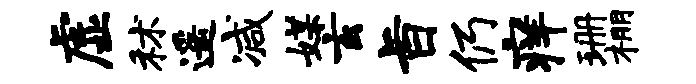
虚秫遥减媒玄旨仍痒珊棚